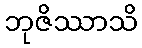
ဘုဇိဿာသိ